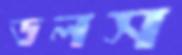
ডলস